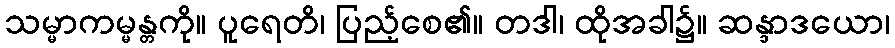
သမ္မာကမ္မန္တကို။ ပူရေတိ၊ ပြည့်စေ၏။ တဒါ၊ ထိုအခါ၌။ ဆန္ဒာဒယော၊